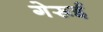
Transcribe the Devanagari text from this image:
गेरूई